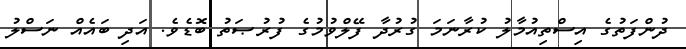
ދުންފަތުގެ އިސްތިއުމާލު ކުރާނަމަ ގުރުދާ ފޭލްވުމުގެ ފުރުޞަތު ބޮޑެވެ. އަދި ބައެއް ނަސްލު